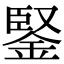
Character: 鋻